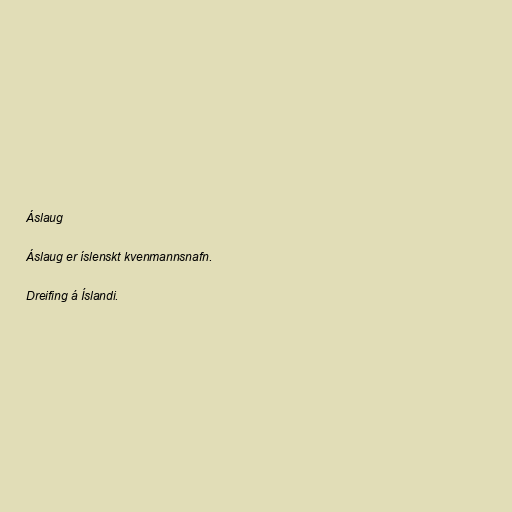
Áslaug

Áslaug er íslenskt kvenmannsnafn.

Dreifing á Íslandi.